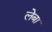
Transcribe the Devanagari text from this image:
लेबा